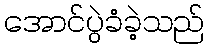
အောင်ပွဲခံခဲ့သည်